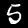
Label: 5